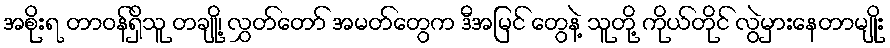
အစိုးရ တာဝန်ရှိသူ တချို့၊ လွှတ်တော် အမတ်တွေက ဒီအမြင် တွေနဲ့ သူတို့ ကိုယ်တိုင် လွဲမှားနေတာမျိုး